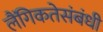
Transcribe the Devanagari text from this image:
लैंगिकतेसंबंधी